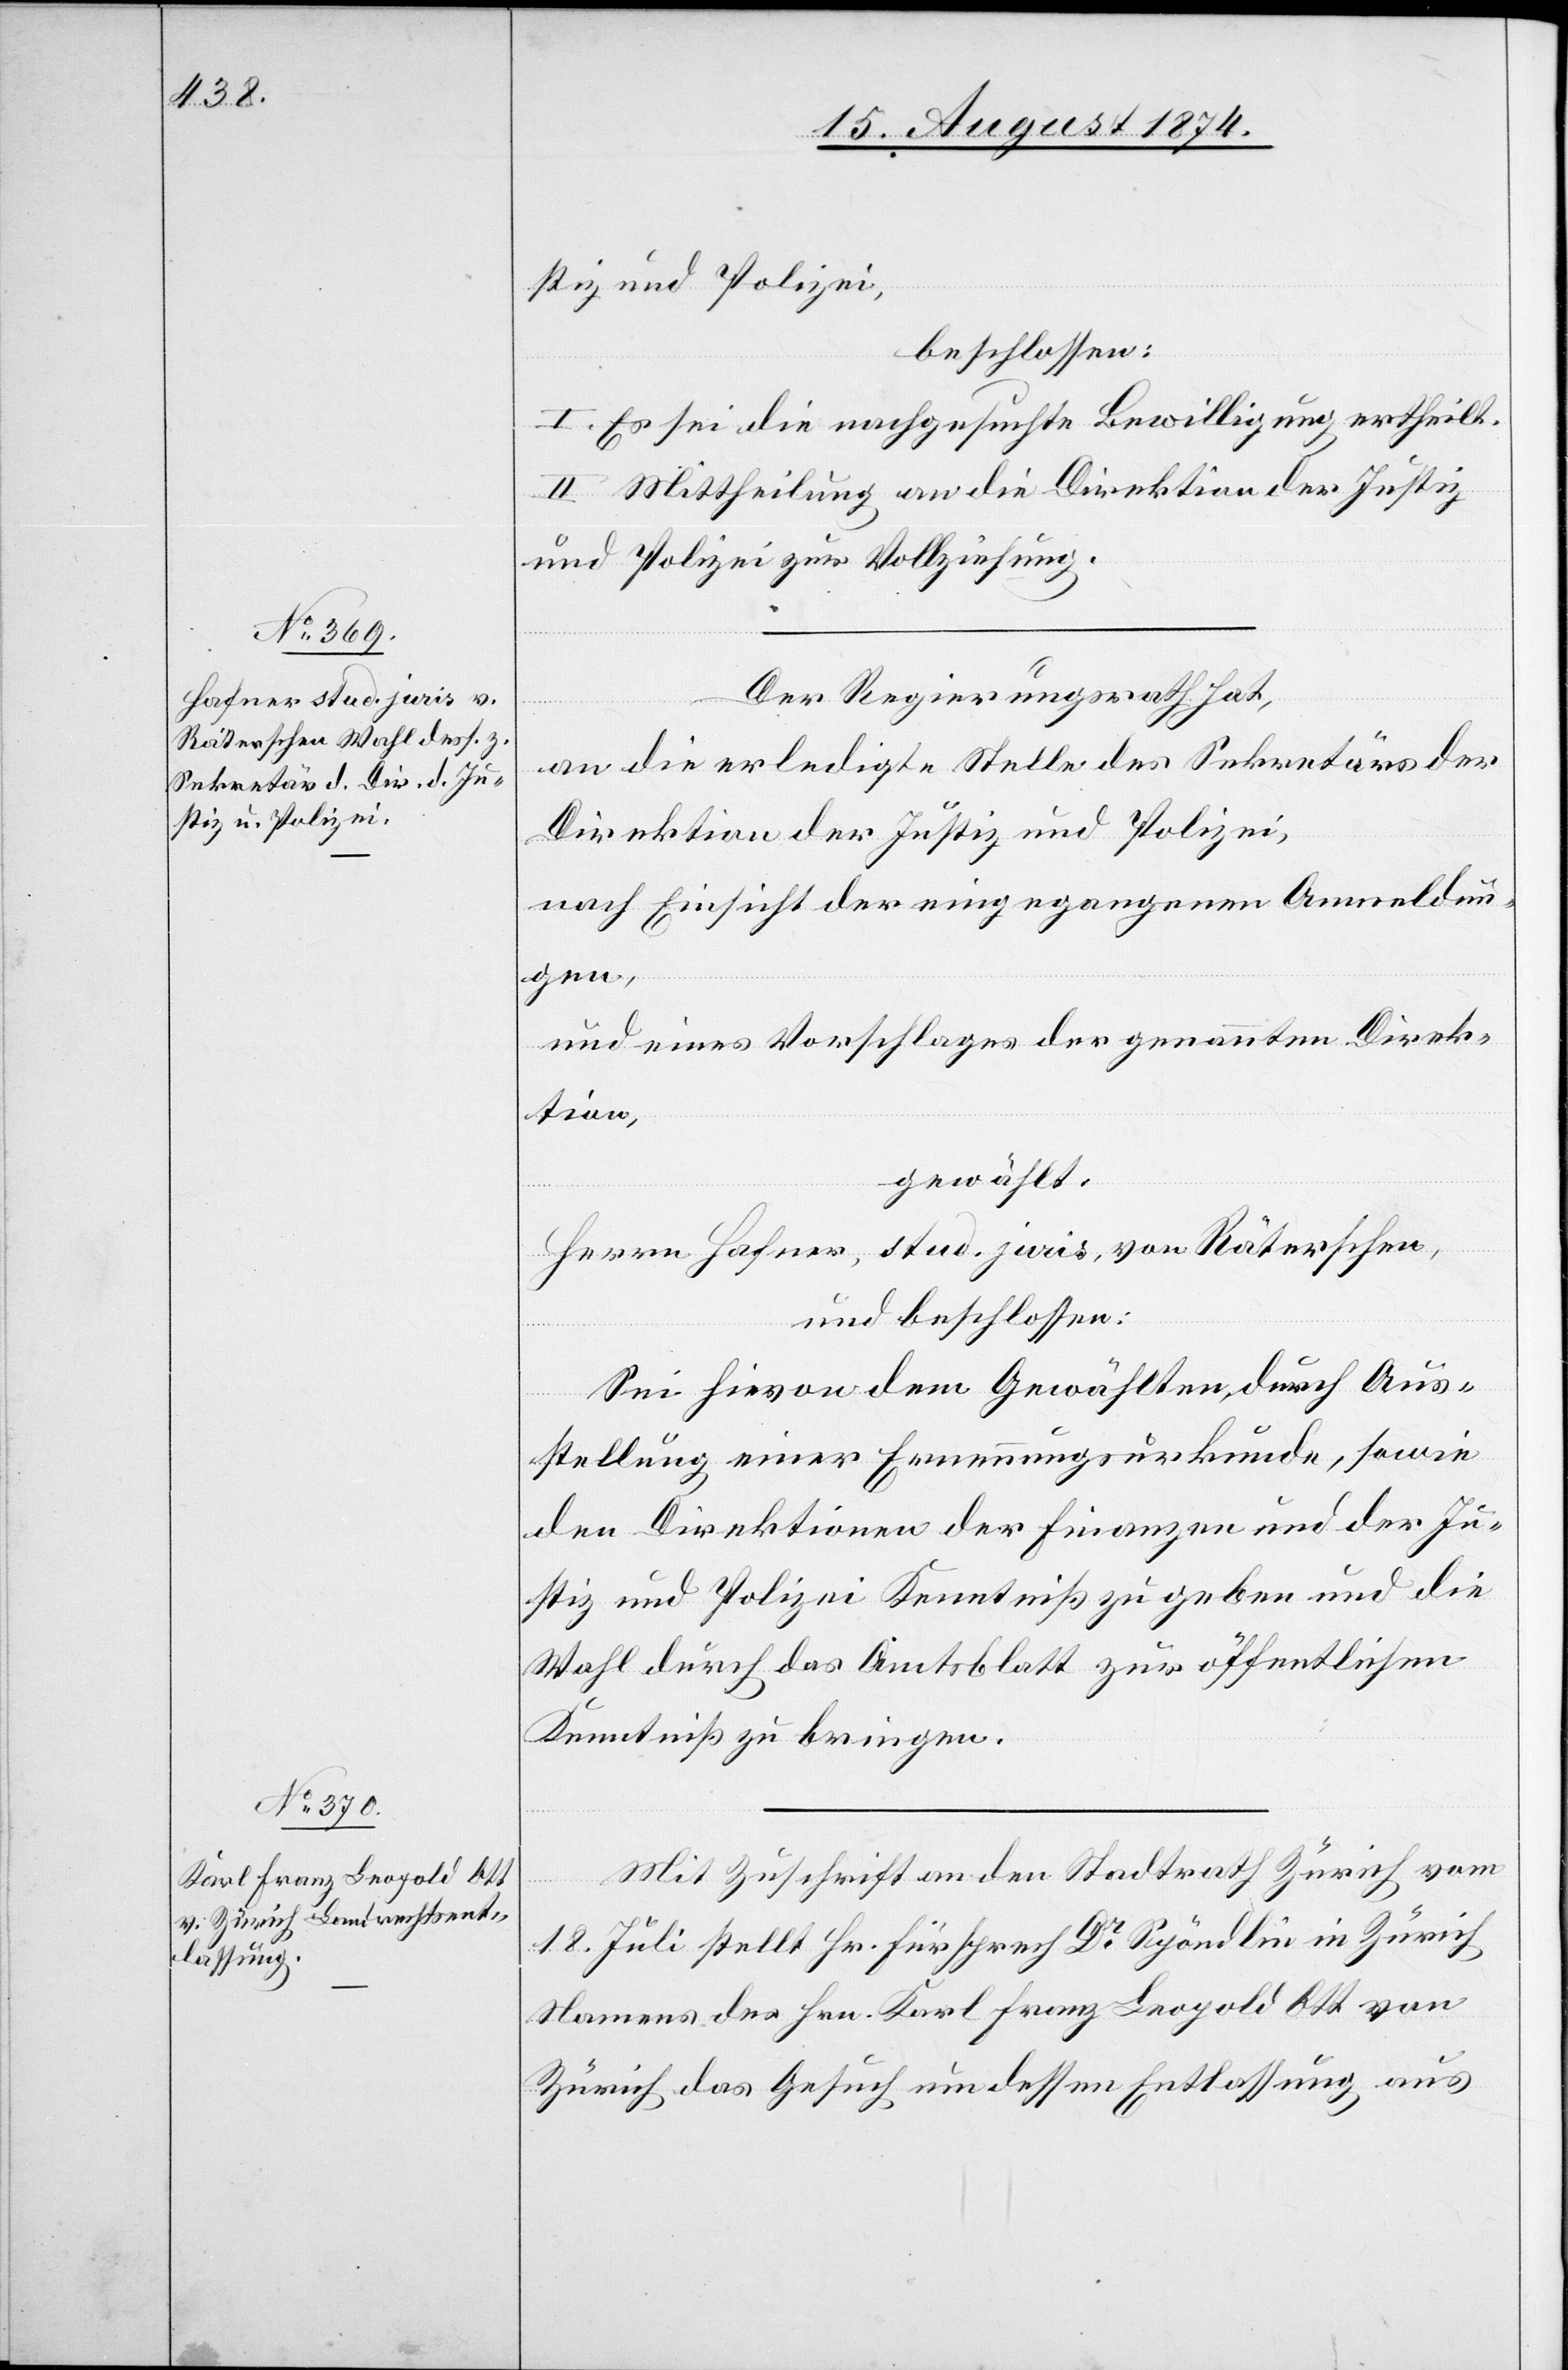
stiz und Polizei,
beschlossen:
I. Es sei die nachgesuchte Bewilligung ertheilt.
II. Mittheilung an die Direktion der Justiz
und Polizei zur Vollziehung.
Der Regierungsrath hat,
an die erledigte Stelle des Sekretärs der
Direktion der Justiz und Polizei,
nach Einsicht der eingegangenen Anmeldun¬
gen,
und eines Vorschlages der genannten Direk¬
tion,
gewählt:
Herrn Hafner, stud. juris, von Räterschen,
und beschlossen:
Sei hievon dem Gewählten durch Aus¬
stellung einer Ernennungsurkunde, sowie
den Direktionen der Finanzen und der Ju¬
stiz und Polizei Kenntniß zu geben und die
Wahl durch das Amtsblatt zur öffentlichen
Kenntniß zu bringen.
Mit Zuschrift an den Stadtrath Zürich vom
18. Juli stellt Hr. Fürsprech Dr Spöndlin in Zürich
Namens des Hrn. Karl Franz Leopold Ott von
Zürich das Gesuch um dessen Entlassung aus